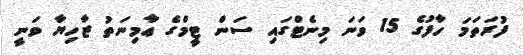
ފުރަތަމަ ހާފުގެ 15 ވަނަ މިނެޓްގައި ސަން ޓީމްގެ ޢާމިނަތު ޒާހިޔާ ވަނީ